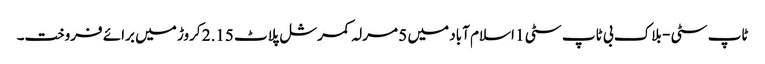
ٹاپ سٹی - بلاک بی ٹاپ سٹی 1 اسلام آباد میں 5 مرلہ کمرشل پلاٹ 2.15 کروڑ میں برائے فروخت۔